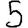
Digit: 5